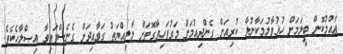
ޢާއްމުކޮށް ބީލަމަށް ހުޅުވާލުމަކާނުލާ ކުރިއަށް ގެންދިއުމަށް މަގުފަހިވާގޮތަށް މާލިއްޔަތު ގަވާއިދަށް ގެނެސްފައިވާ އިޞްލާހެކެވެ.